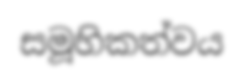
සමූහිකත්වය